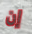
إن